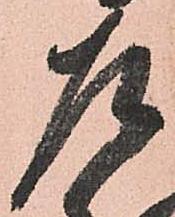
左